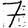
Digit: 7